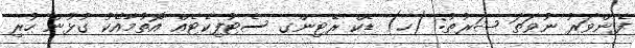
ފެންވަރު ނުވަތަ ޝަރުޠު: (ހ) ޑެކް ރޭޓިންގ ސެޓުފިކެޓެއް އޮތުމާއެކު ގުޅުން ހުރި